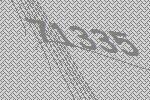
71335